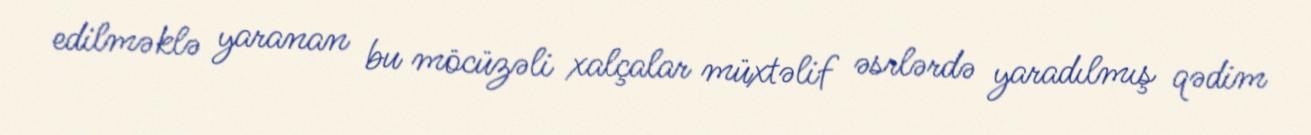
edilməklə yaranan bu möcüzəli xalçalar müxtəlif əsrlərdə yaradılmış qədim